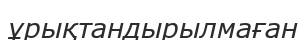
ұрықтандырылмаған